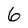
Character: 6